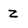
Character: z